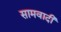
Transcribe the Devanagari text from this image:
सामवादी